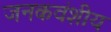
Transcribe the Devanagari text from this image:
जनकवंशीय